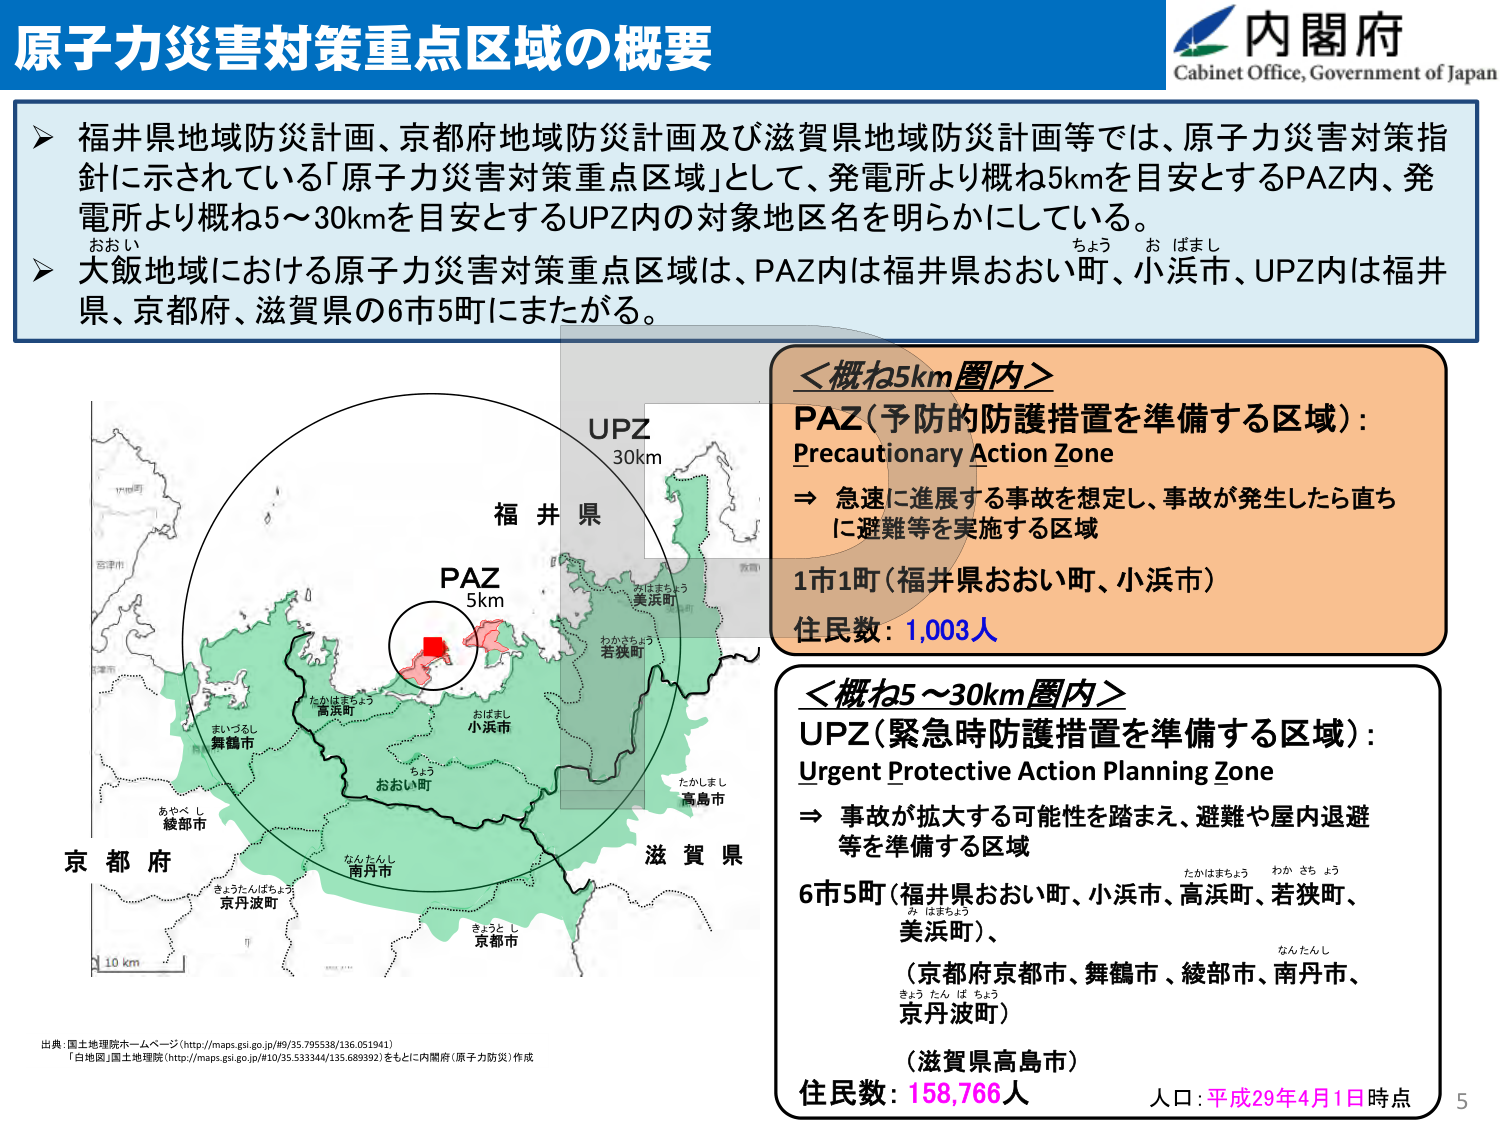
原子力災害対策重点区域の概要
内閣府
Cabinet Office, Government of Japan

▶ 福井県地域防災計画、京都府地域防災計画及び滋賀県地域防災計画等では、原子力災害対策指針に示されている「原子力災害対策重点区域」として、発電所より概ね5kmを目安とするPAZ内、発電所より概ね5～30kmを目安とするUPZ内の対象地区名を明らかにしている。
▶ 大飯地域における原子力災害対策重点区域は、PAZ内は福井県おおい町、小浜市、UPZ内は福井県、京都府、滋賀県の6市5町にまたがる。

＜概ね5km圏内＞
PAZ（予防的防護措置を準備する区域）：
Precautionary Action Zone
⇒ 急速に進展する事故を想定し、事故が発生したら直ちに避難等を実施する区域
1市1町（福井県おおい町、小浜市）
住民数：1,003人

＜概ね5～30km圏内＞
UPZ（緊急時防護措置を準備する区域）：
Urgent Protective Action Planning Zone
⇒ 事故が拡大する可能性を踏まえ、避難や屋内退避等を準備する区域
6市5町（福井県おおい町、小浜市、高浜町、若狭町、美浜町）、
（京都府京都市、舞鶴市、綾部市、南丹市、京丹波町）
（滋賀県高島市）
住民数：158,766人
人口：平成29年4月1日時点

福井県
PAZ
5km
UPZ
30km
おおい町
小浜市
高浜町
若狭町
美浜町
京都市
南丹市
綾部市
舞鶴市
京丹波町
高島市
京都府
滋賀県
10 km

出典：国土地理院ホームページ（http://maps.gsi.go.jp/40/35.795538/136.051941）
「白地図」国土地理院（http://maps.gsi.go.jp/#10/35.533344/135.689392）をもとに内閣府（原子力防災）作成

おおい
ちよう お ばまし
たかはまちょう
わか さち ょう
み はまちょう
なんたんし
きょう たん ば ちょう
きょうと し
たかしまし
あやべ し
まいづるし
きょうたんばちょう
5